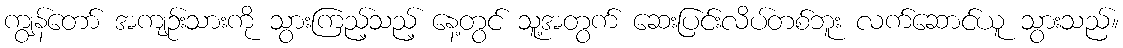
ကျွန်တော် အကျဉ်းသားကို သွားကြည့်သည့် နေ့တွင် သူ့အတွက် ဆေးပြင်းလိပ်တစ်ဘူး လက်ဆောင်ယူ သွားသည်။